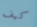
كيف